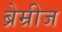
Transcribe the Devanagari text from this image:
ब्रेम्रीज